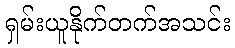
ရှမ်းယူနိုက်တက်အသင်း